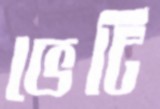
ভেটি